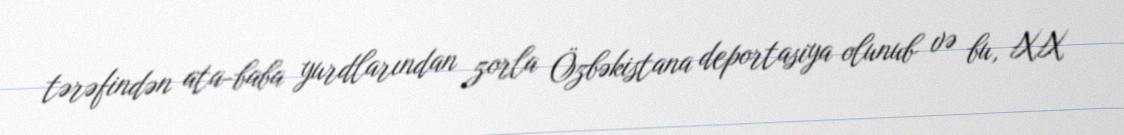
tərəfindən ata-baba yurdlarından zorla Özbəkistana deportasiya olunub və bu, XX